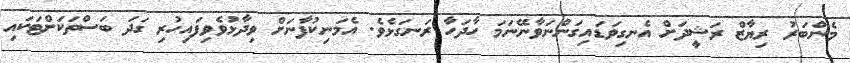
މެންބަރު ރިޔާޒް ރަޝީދަށް އެނގިވަޑައިގަންނަވާނޭނަމަ ހާދަހާ ރަނގަޅެވެ. އެމަނިކުފާނަށް ވިދާޅުވެވިފައިހުރި ގަދަ ބަސްތަކަށްޓަކައި